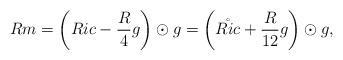
LaTeX: \begin{align*} Rm = \left(Ric - \frac{R}{4}g\right)\odot g = \left(\mathring{Ric} + \frac{R}{12}g\right)\odot g,\end{align*}